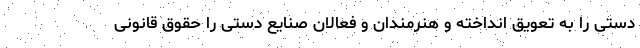
دستی را به تعویق انداخته و هنرمندان و فعالان صنایع دستی را حقوق قانونی